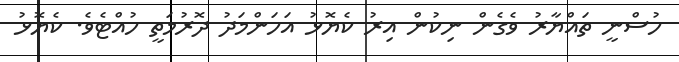
ހުސްނީ ތައްޔާރު ވެގެން ނިކުން އިރު ކެޔޮޅު އަހަންމަދު ދޮރުމަތީ ހުއްޓެވެ. ކެޔޮޅު